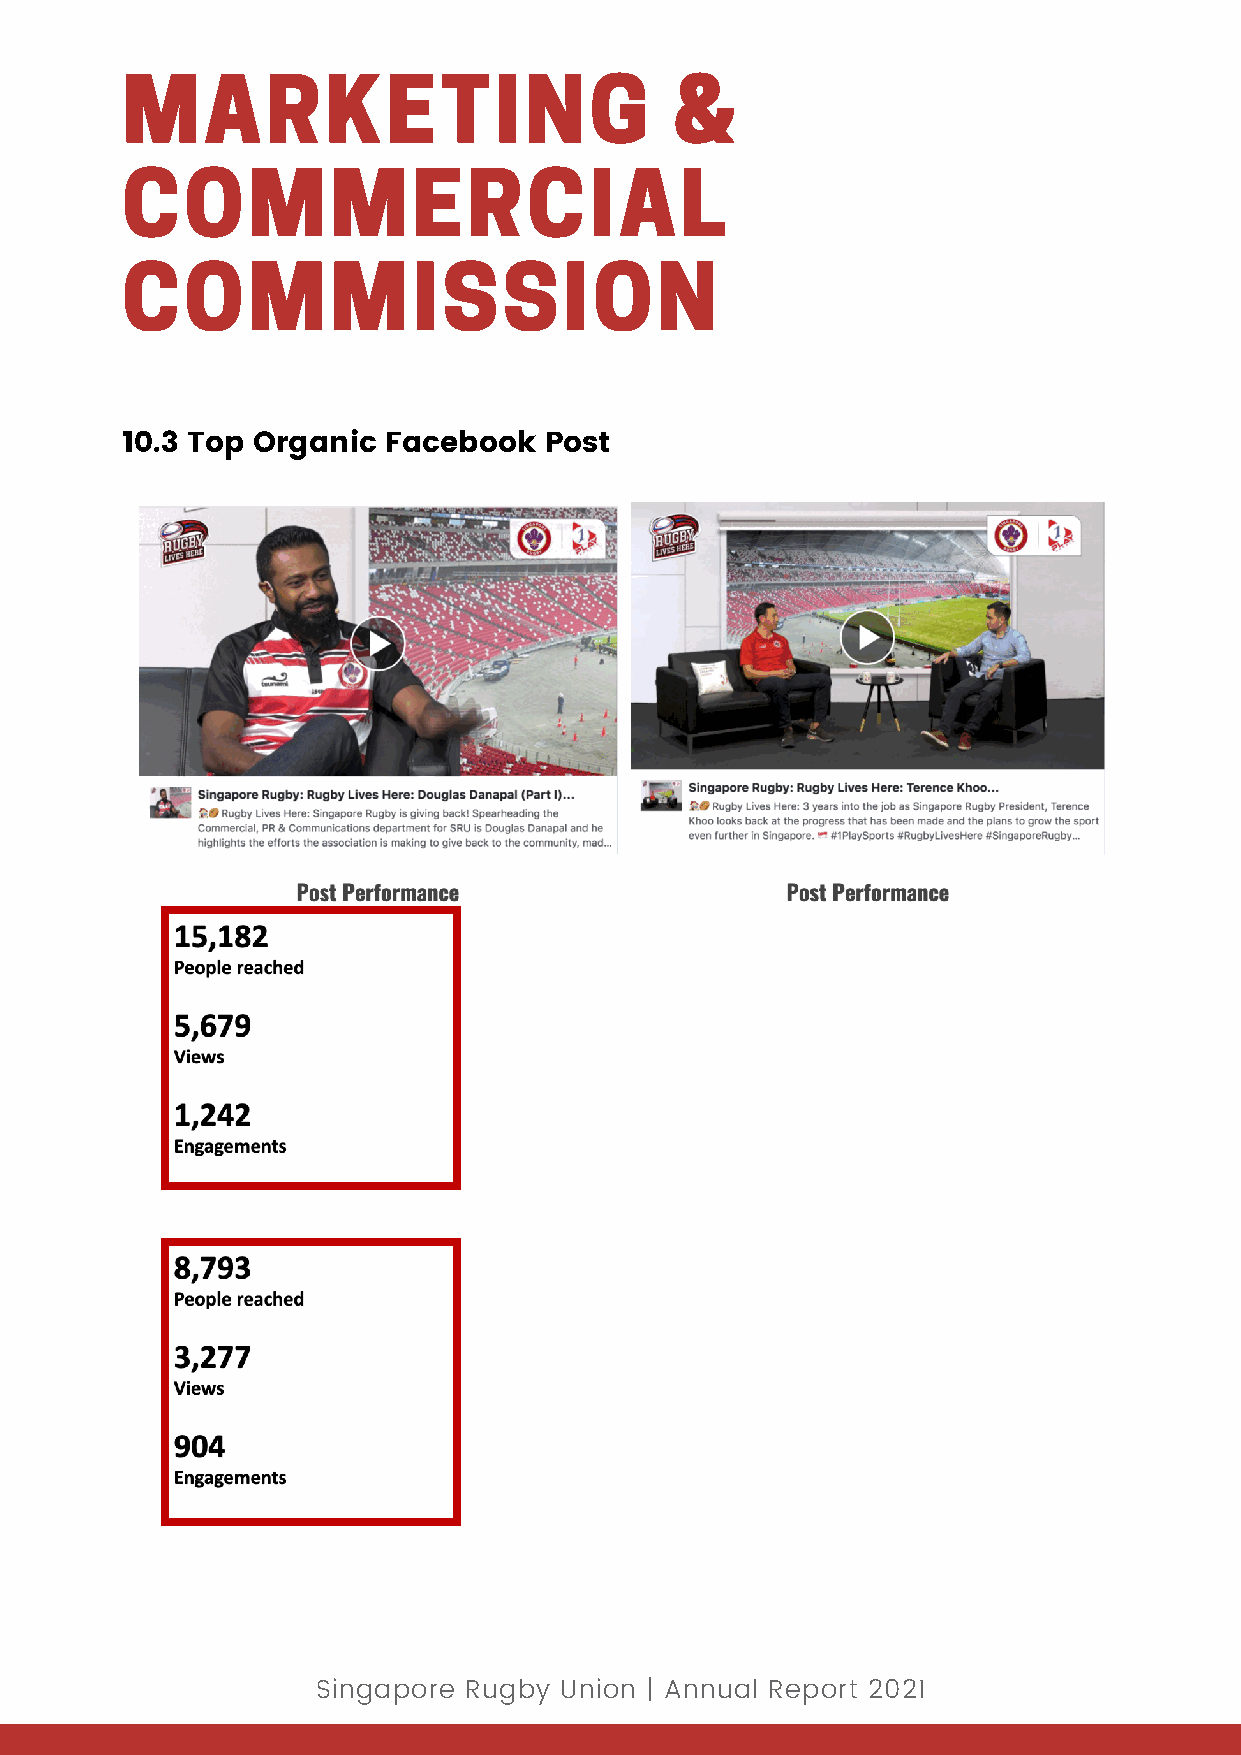
MARKETING                            &
 COMMERCIAL
 COMMISSION
 10.3 Top Organic Facebook   Post
 Singapore Rugby Union | Annual Report 2021